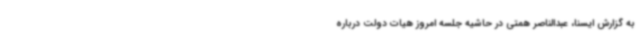
به گزارش ایسنا، عبدالناصر همتی در حاشیه جلسه امروز هیات دولت درباره